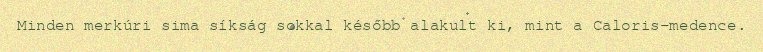
Minden merkúri sima síkság sokkal később alakult ki, mint a Caloris-medence.